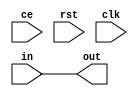
module delayLine #(
        parameter   DELAY = 0,
        parameter   WIDTH = 8
    )(
        input                   ce,
        input                   rst,
        input                   clk,
        input  [WIDTH - 1:0]    in,
        output [WIDTH - 1:0]    out
    );
    wire [WIDTH - 1:0]  chain [DELAY:0];
    
    assign chain[0] = in;
    assign out      = chain[DELAY];
    
    genvar i;
    generate
        for(i = 0; i < DELAY; i = i + 1)
        begin : chain_connector
            wlatch #(
                .WIDTH(WIDTH)
            )
            lat (
                .ce(ce),
                .rst(rst),
                .clk(clk),
                .in(chain[i]),
                .out(chain[i + 1])
            );
        end
    endgenerate
endmodule